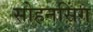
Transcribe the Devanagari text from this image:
सोहनसिंग